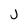
Character: J